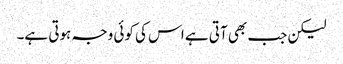
لیکن جب بھی آتی ہے اس کی کوئی وجہ ہوتی ہے۔